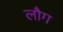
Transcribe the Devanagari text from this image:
लौग